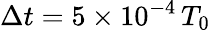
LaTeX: \Delta t=5\times 10^{-4}\, T_{0}